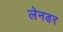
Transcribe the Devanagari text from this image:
लेनडर